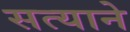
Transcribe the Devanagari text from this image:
सत्याने